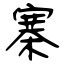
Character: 寨